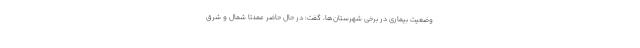
وضعیت بیماری در برخی شهرستان‌ها، گفت: در حال حاضر عمدتا شمال و شرق